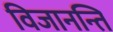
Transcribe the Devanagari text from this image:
विजानन्ति